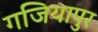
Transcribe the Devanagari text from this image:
गजियापुर